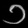
Digit: ၁